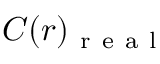
C ( r ) _ { \mathrm { ~ r ~ e ~ a ~ l ~ } }